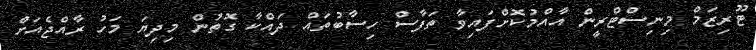
ޓޫރިޒަމް މިނިސްޓްރީން އާއްމުކޮށްފައިވާ ތަފާސް ހިސާބުތައް ދައްކާ ގޮތުން މިދިޔަ މަހު ރާއްޖެއަށް